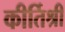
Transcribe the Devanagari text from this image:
कीर्तिश्री